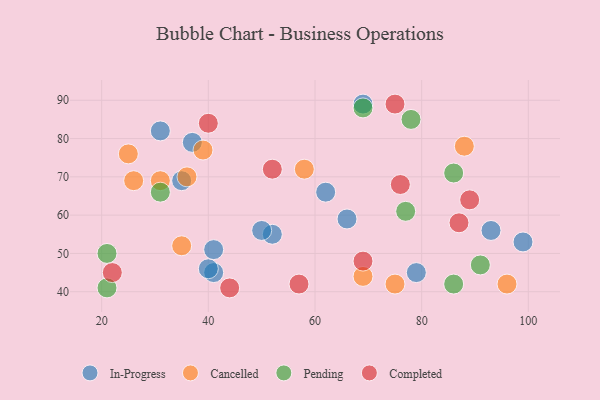
{"axis": {"x": "GDP", "y": "Life Expectancy"}, "legend": ["Cancelled", "Completed", "In-Progress", "Pending"], "data": [{"x": "93", "y": 56, "type": "In-Progress"}, {"x": "79", "y": 45, "type": "In-Progress"}, {"x": "41", "y": 45, "type": "In-Progress"}, {"x": "99", "y": 53, "type": "In-Progress"}, {"x": "62", "y": 66, "type": "In-Progress"}, {"x": "37", "y": 79, "type": "In-Progress"}, {"x": "35", "y": 69, "type": "In-Progress"}, {"x": "52", "y": 55, "type": "In-Progress"}, {"x": "50", "y": 56, "type": "In-Progress"}, {"x": "40", "y": 46, "type": "In-Progress"}, {"x": "41", "y": 51, "type": "In-Progress"}, {"x": "69", "y": 89, "type": "In-Progress"}, {"x": "66", "y": 59, "type": "In-Progress"}, {"x": "31", "y": 82, "type": "In-Progress"}, {"x": "58", "y": 72, "type": "Cancelled"}, {"x": "35", "y": 52, "type": "Cancelled"}, {"x": "36", "y": 70, "type": "Cancelled"}, {"x": "69", "y": 44, "type": "Cancelled"}, {"x": "96", "y": 42, "type": "Cancelled"}, {"x": "39", "y": 77, "type": "Cancelled"}, {"x": "25", "y": 76, "type": "Cancelled"}, {"x": "31", "y": 69, "type": "Cancelled"}, {"x": "26", "y": 69, "type": "Cancelled"}, {"x": "88", "y": 78, "type": "Cancelled"}, {"x": "75", "y": 42, "type": "Cancelled"}, {"x": "77", "y": 61, "type": "Pending"}, {"x": "91", "y": 47, "type": "Pending"}, {"x": "21", "y": 41, "type": "Pending"}, {"x": "31", "y": 66, "type": "Pending"}, {"x": "21", "y": 50, "type": "Pending"}, {"x": "69", "y": 88, "type": "Pending"}, {"x": "78", "y": 85, "type": "Pending"}, {"x": "86", "y": 42, "type": "Pending"}, {"x": "86", "y": 71, "type": "Pending"}, {"x": "87", "y": 58, "type": "Completed"}, {"x": "89", "y": 64, "type": "Completed"}, {"x": "75", "y": 89, "type": "Completed"}, {"x": "40", "y": 84, "type": "Completed"}, {"x": "22", "y": 45, "type": "Completed"}, {"x": "52", "y": 72, "type": "Completed"}, {"x": "44", "y": 41, "type": "Completed"}, {"x": "57", "y": 42, "type": "Completed"}, {"x": "69", "y": 48, "type": "Completed"}, {"x": "76", "y": 68, "type": "Completed"}]}